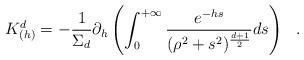
LaTeX: \begin{align*}K^d_{(h)}=-{1\over \Sigma_d}\partial_h\left( \int_0^{+\infty}{e^{-hs} \over (\rho^2+s^2)^{d+1\over 2}}ds \right)~~.\end{align*}